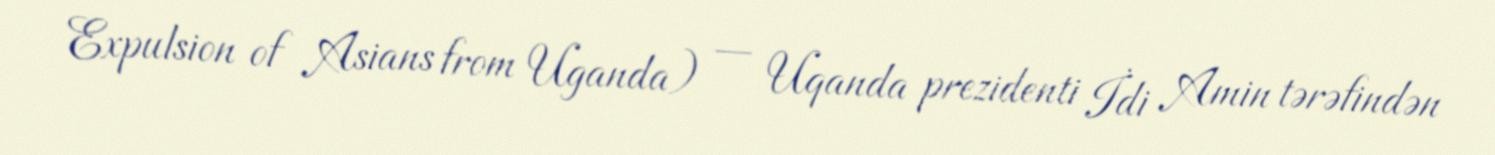
Expulsion of Asians from Uganda) — Uqanda prezidenti İdi Amin tərəfindən